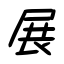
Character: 展